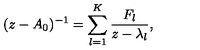
( z - A _ { 0 } ) ^ { - 1 } = \sum _ { l = 1 } ^ { K } \frac { F _ { l } } { z - \lambda _ { l } } ,